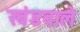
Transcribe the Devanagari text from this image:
खंडवाले